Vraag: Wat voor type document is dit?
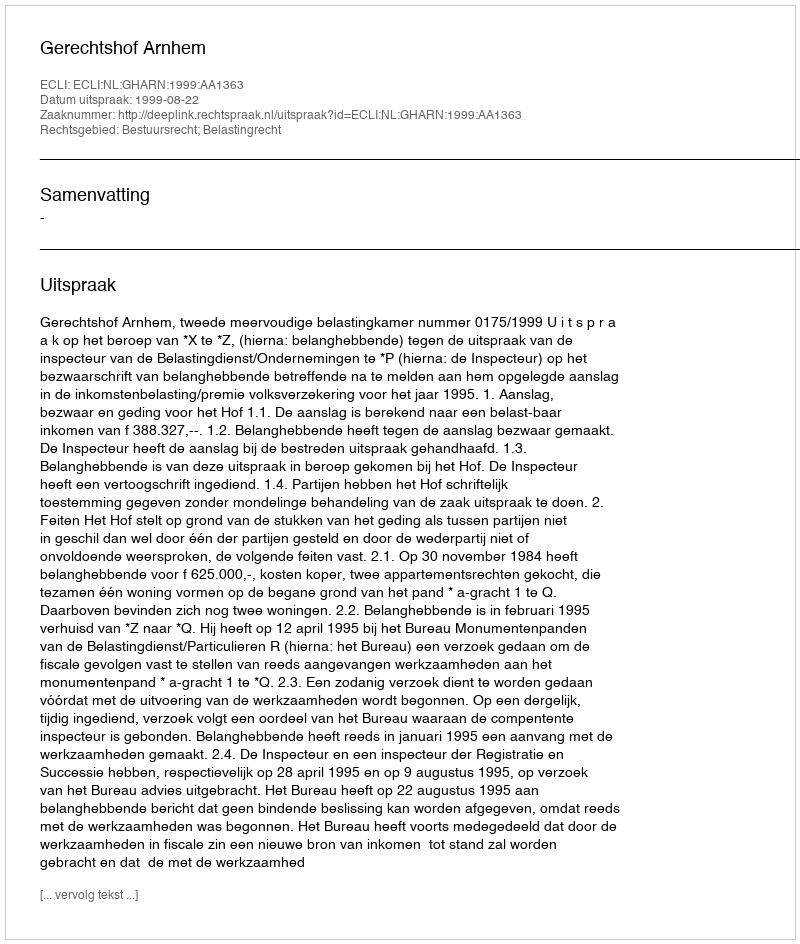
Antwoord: Uitspraak